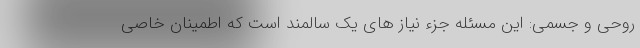
روحی و جسمی: این مسئله جزء نیاز های یک سالمند است که اطمینان خاصی